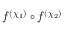
f ^ { ( \chi _ { 1 } ) } \circ f ^ { ( \chi _ { 2 } ) }